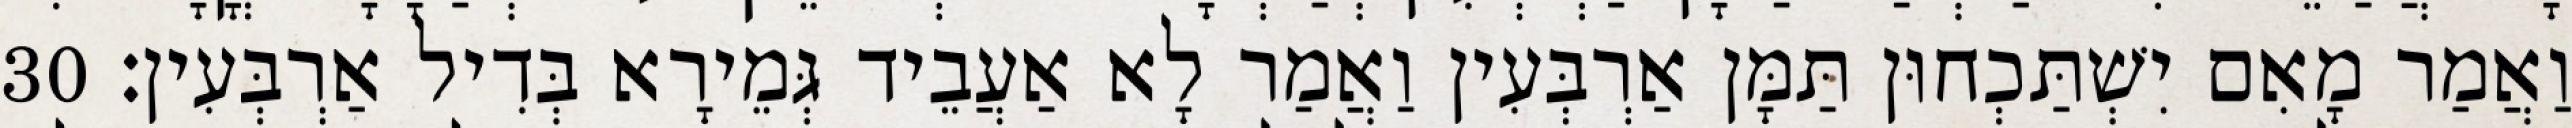
וַאֲמַר מָאִם יִשְׁתַּכְחוּן תַּמָּן אַרְבְּעִין וַאֲמַר לָא אַעֲבֵיד גְּמֵירָא בְּדִיל אַרְבְּעִין׃ 30